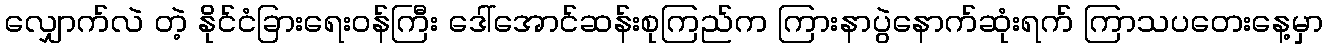
လျှောက်လဲ တဲ့ နိုင်ငံခြားရေးဝန်ကြီး ဒေါ်အောင်ဆန်းစုကြည်က ကြားနာပွဲနောက်ဆုံးရက် ကြာသပတေးနေ့မှာ